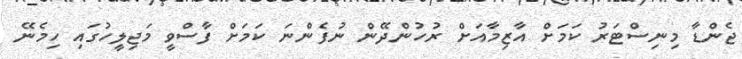
ޖެންޑާ މިނިސްޓަރު ކަމަށް އާޒިމާއަށް ރުހުންދޭން ނުފެންނަ ކަމަށް ފާސްވީ މަޖިލީހުގައި ހިމެނޭ